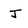
Character: J